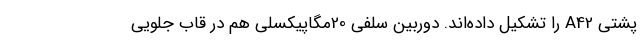
پشتی A42 را تشکیل داده‌اند. دوربین سلفی 20مگاپیکسلی هم در قاب جلویی